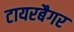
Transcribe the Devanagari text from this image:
टायरबैगर